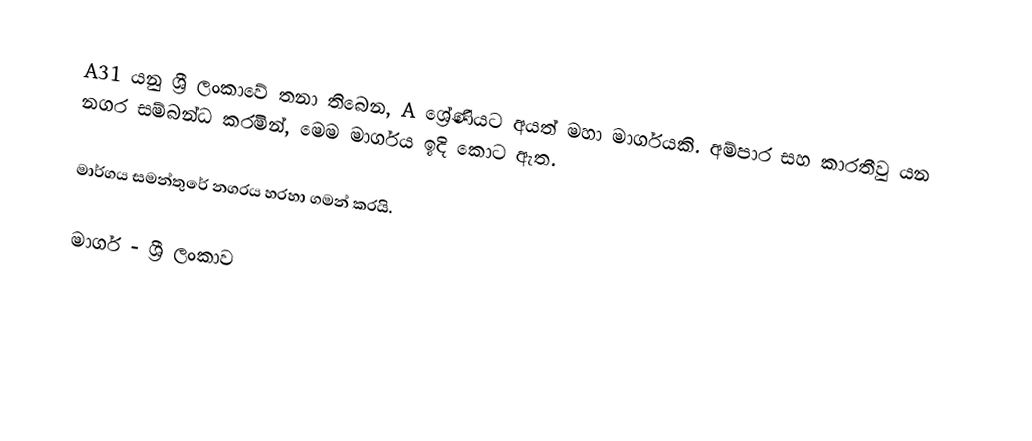
A31 යනු ශ්‍රී ලංකාවේ  තනා තිබෙන, A ශ්‍රේණියට අයත් මහා මාර්ගයකි. අම්පාර සහ කාරතීවු යන නගර සම්බන්ධ කරමින්, මෙම මාර්ගය ඉදි කොට ඇත.

මාර්ගය සමන්තුරේ නගරය හරහා ගමන් කරයි.

මාර්ග - ශ්‍රී ලංකාව